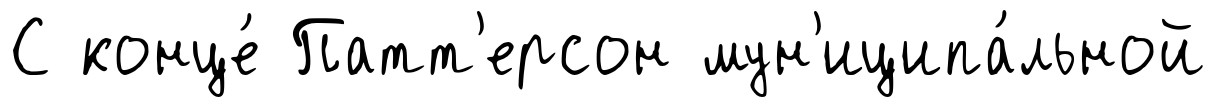
С конце́ Патт'ерсон мун'иципа́льной